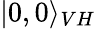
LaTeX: |0,0\rangle_{VH}